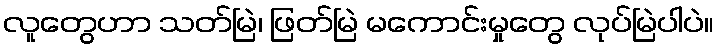
လူတွေဟာ သတ်မြဲ၊ ဖြတ်မြဲ မကောင်းမှုတွေ လုပ်မြဲပါပဲ။